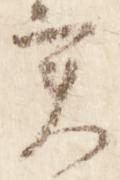
実